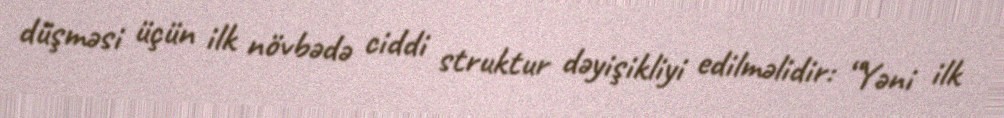
düşməsi üçün ilk növbədə ciddi struktur dəyişikliyi edilməlidir: “Yəni ilk